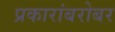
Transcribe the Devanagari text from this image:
प्रकारांबरोबर